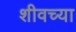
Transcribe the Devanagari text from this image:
शीवच्या